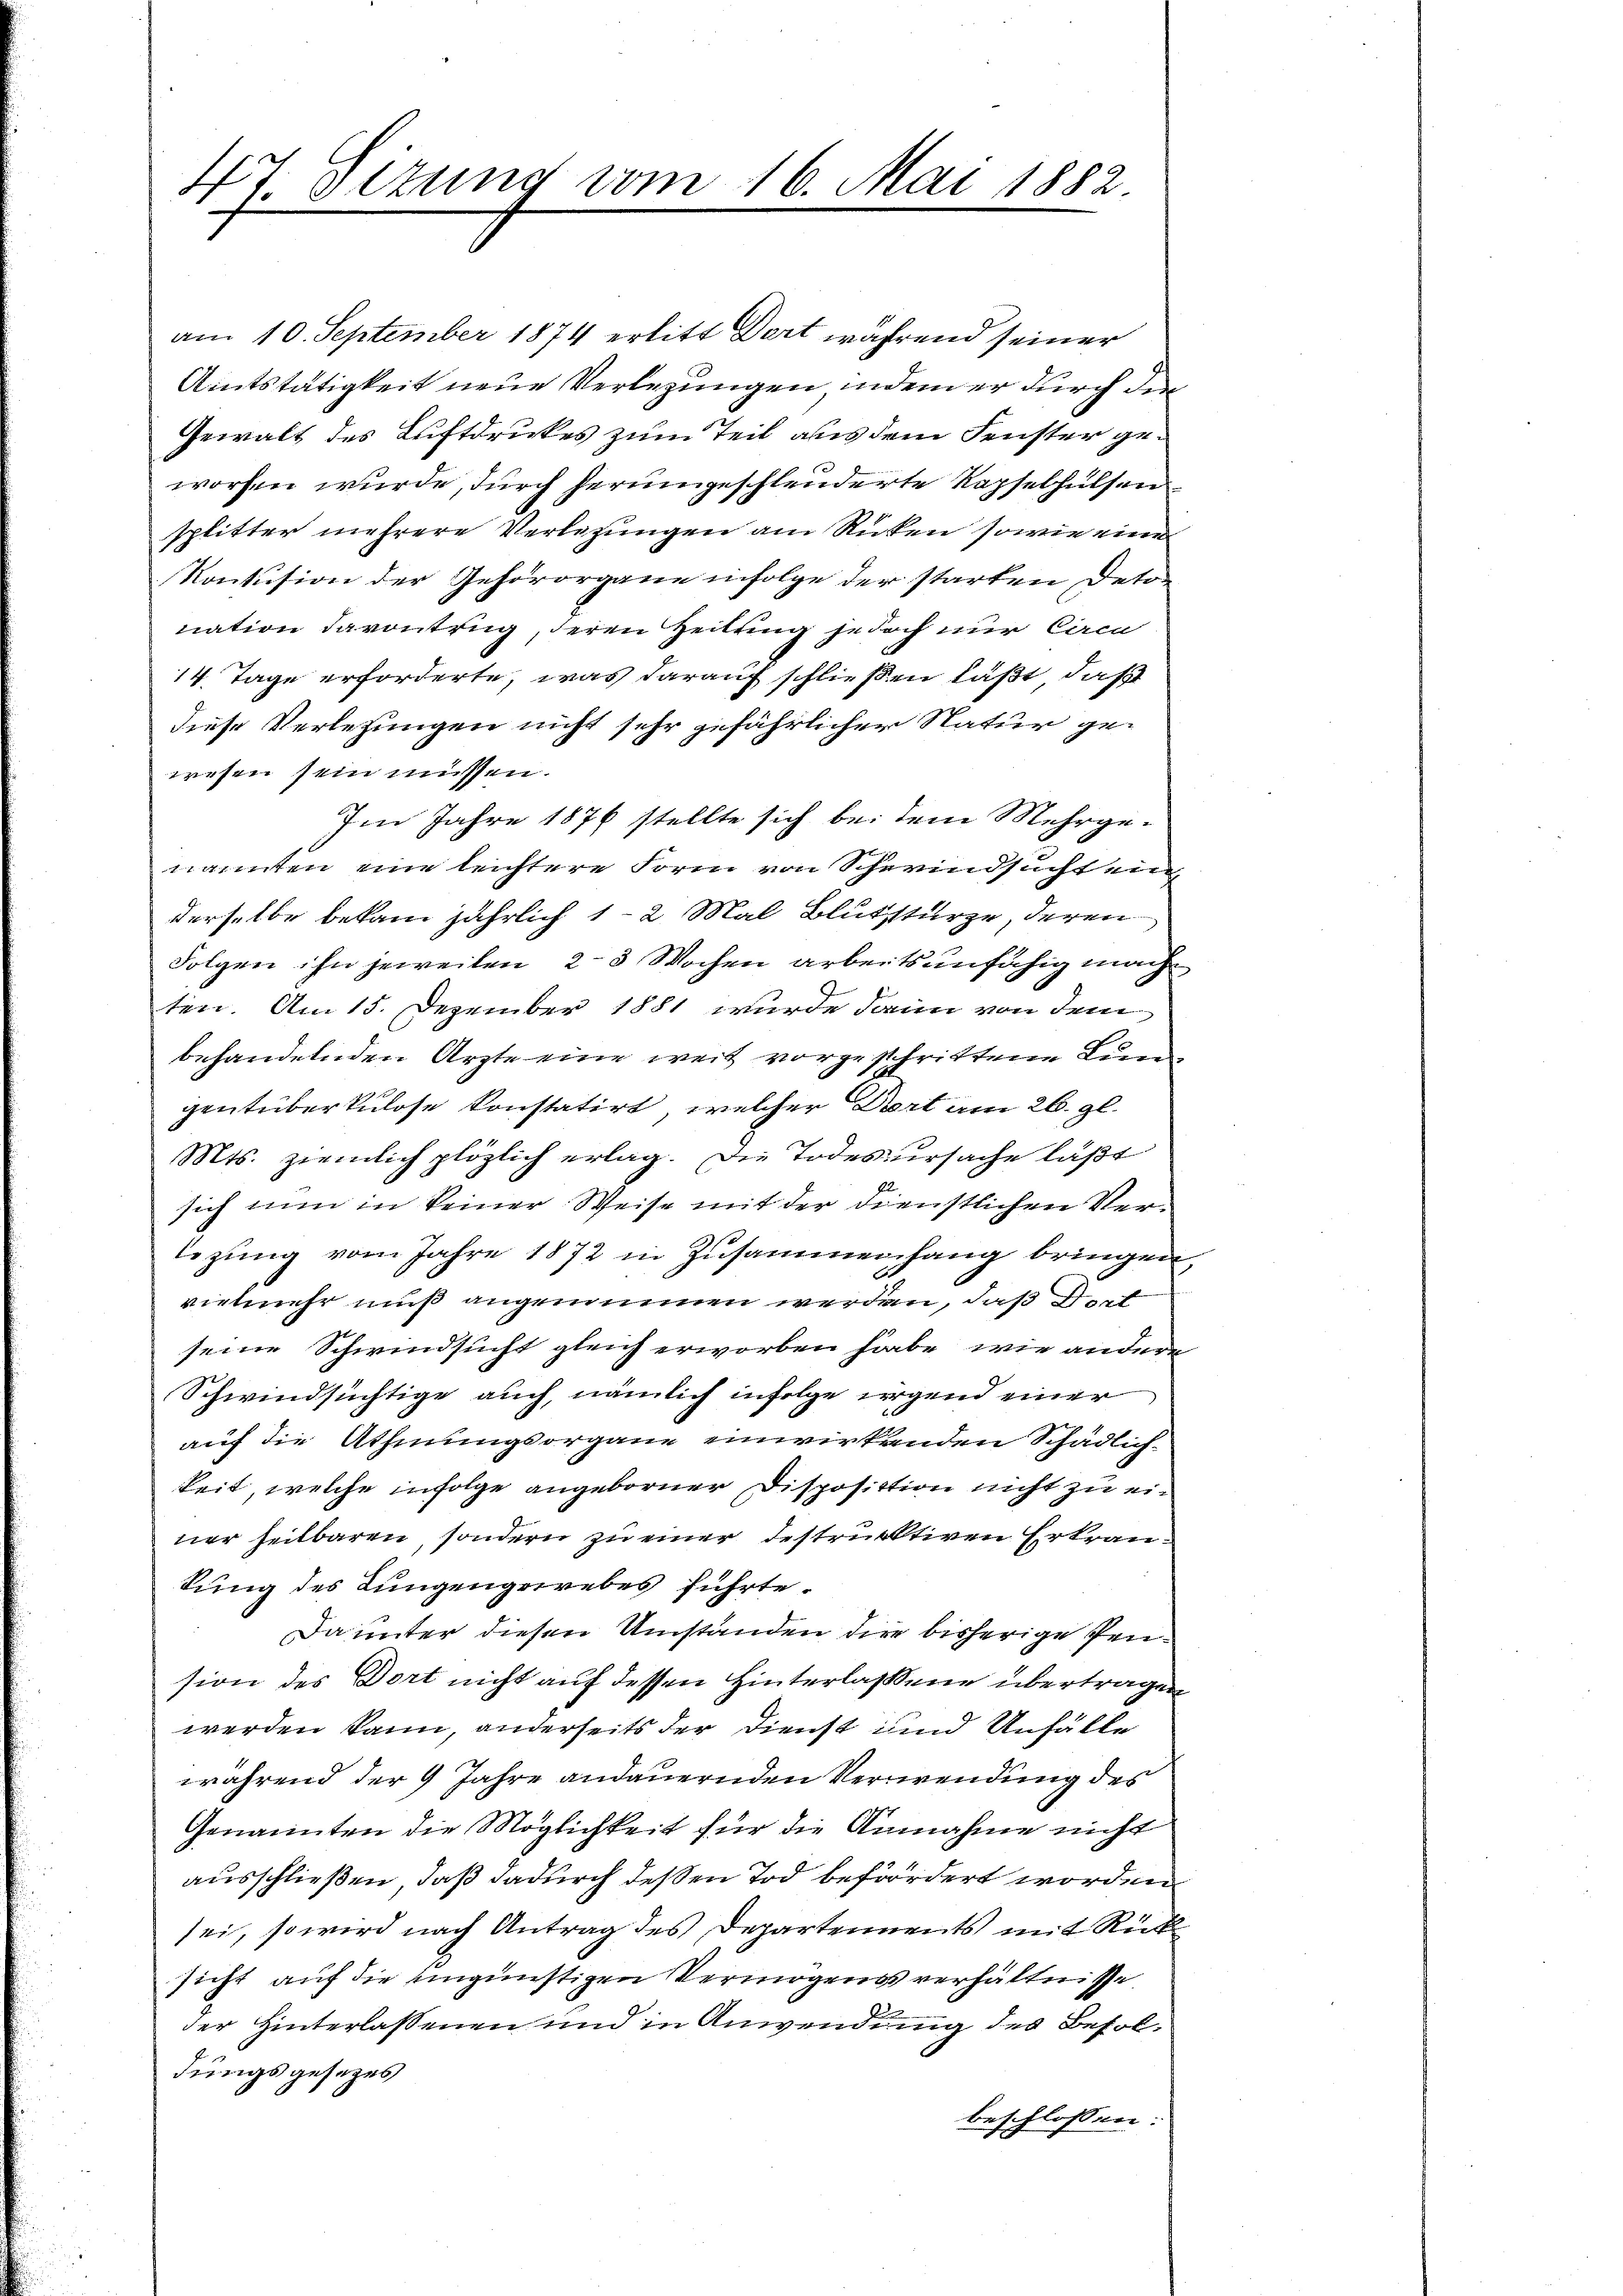
47 Sizung vom 16. Mai 1882.

am 10. September 1874 erlitt Dort während seiner
Amtstätigkeit neue Verlegungen, indem er durch die
Gewalt des Luftdruckes zum Teil aus dem Fenster geworfen wurde, durch herumgeschleuderte Kapselhulsensplitter mehrere Verletzungen am Rücken sowie eine
Konfusion der Gehörorgane infolge der starken Deto-
nation davontrug, deren Heilung jedoch nur Circu
14. Tage erforderte, was darauf schließen läßt, daß
diese Verletzungen nicht sehr gefährlicher Natur gewesen sein müssen.
Im Jahre 1876 stellte sich bei dem Mehrge-
nannten eine leichtere Form von Scherindsuchten
derselbe bekam jährlich 12 Mal Blutstürze, deren
Folgen ihn jeweilen, 2-3 Wochen arbeitsunfähig mach
ten. Am 15. Dezember 1881 wurde dann von dem
behandelnden Arzte eine weit vorgeschrittene Lun
gentüberkulose konstatirt, welcher Dort am 26. gl.
Mts. ziemlich plözlich erlag. Die Todesursache läßt
sich nun in keiner Weise mit der dienstlichen Verlezŭng vom Jahre 1872 in Zusammenhang bringen,
vielmehr muß angenommen werden, daß dat
seine Schwindsucht gleich erworben habe, wie andere
Schwindsüchtige auch, nämlich infolge irgend einer
auf die Athmungsorgane einwirkenden Schädlich-
keit, welche infolge angeborner Disposition nicht zu einer heilbaren, sondern zu einer bestruktiven Erkrantung des Lungengewebes führte¬
Da unter diesen Umständen die bisherige Pension des Dort nicht auf dessen Hinterlassene übertragen
werden kann, anderseits der Dienst und Unfälle
während der 9 Jahre andauernden Verwendung des
Genannten die Möglichkeit für die Annahme nicht
ausschließen, daß dadurch deßen Tod befördert worden
sei, so wird nach Antrag des Departements mit Rück
sicht auf die eingünstigen Vermögens verhältnisse
der Hinterlassenen und in Anwendung des Besoldings gesezes
beschlossen: